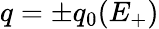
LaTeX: q=\pm q_{0}(E_{+})